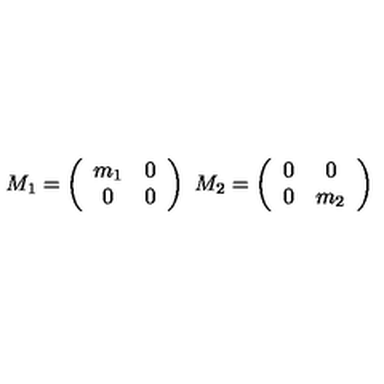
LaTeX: M _ { 1 } = \left( \begin{array} { c c } { m _ { 1 } } & { 0 } \\ { 0 } & { 0 } \\ \end{array} \right) \ M _ { 2 } = \left( \begin{array} { c c } { 0 } & { 0 } \\ { 0 } & { m _ { 2 } } \\ \end{array} \right)